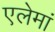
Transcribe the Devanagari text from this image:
एलेमां